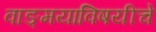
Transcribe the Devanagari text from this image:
वाङ्‌मयाविषयीचे